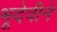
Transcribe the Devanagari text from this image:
भूदेवीने